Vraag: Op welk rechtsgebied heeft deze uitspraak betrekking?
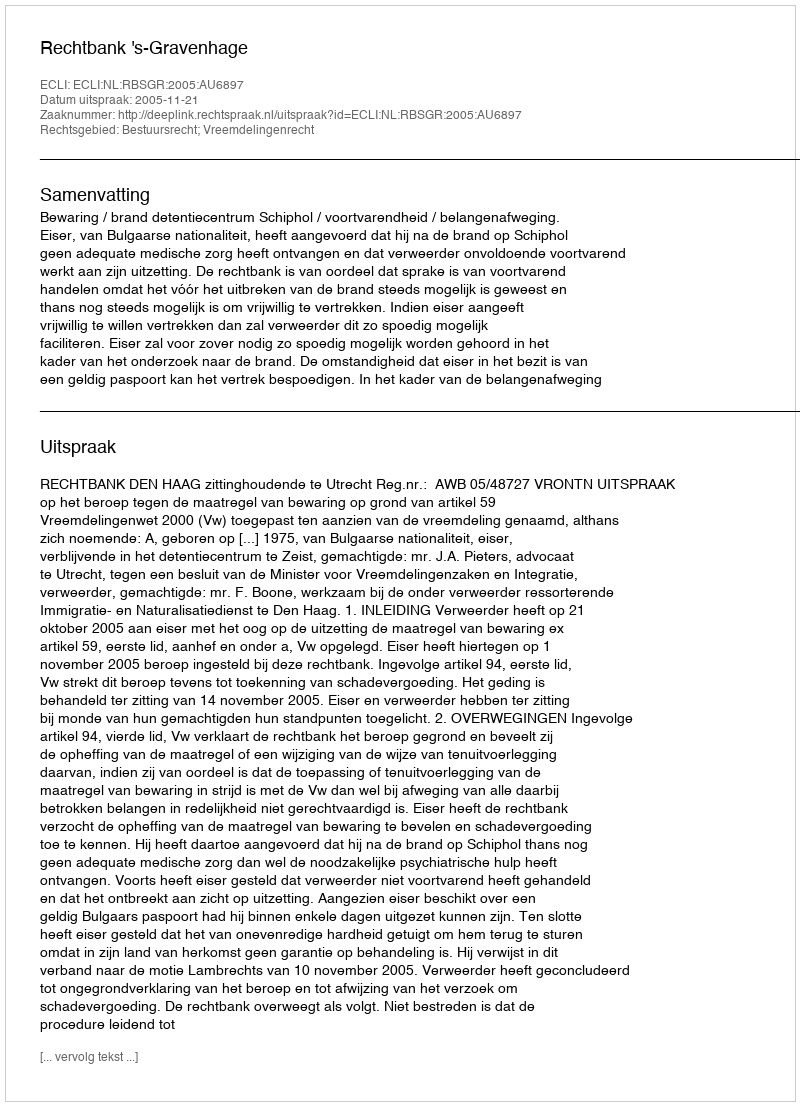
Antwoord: Bestuursrecht; Vreemdelingenrecht